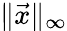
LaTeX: \| {\vec{x}}\| _{\infty}